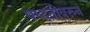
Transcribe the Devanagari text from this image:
पध्दतीवरून